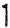
1